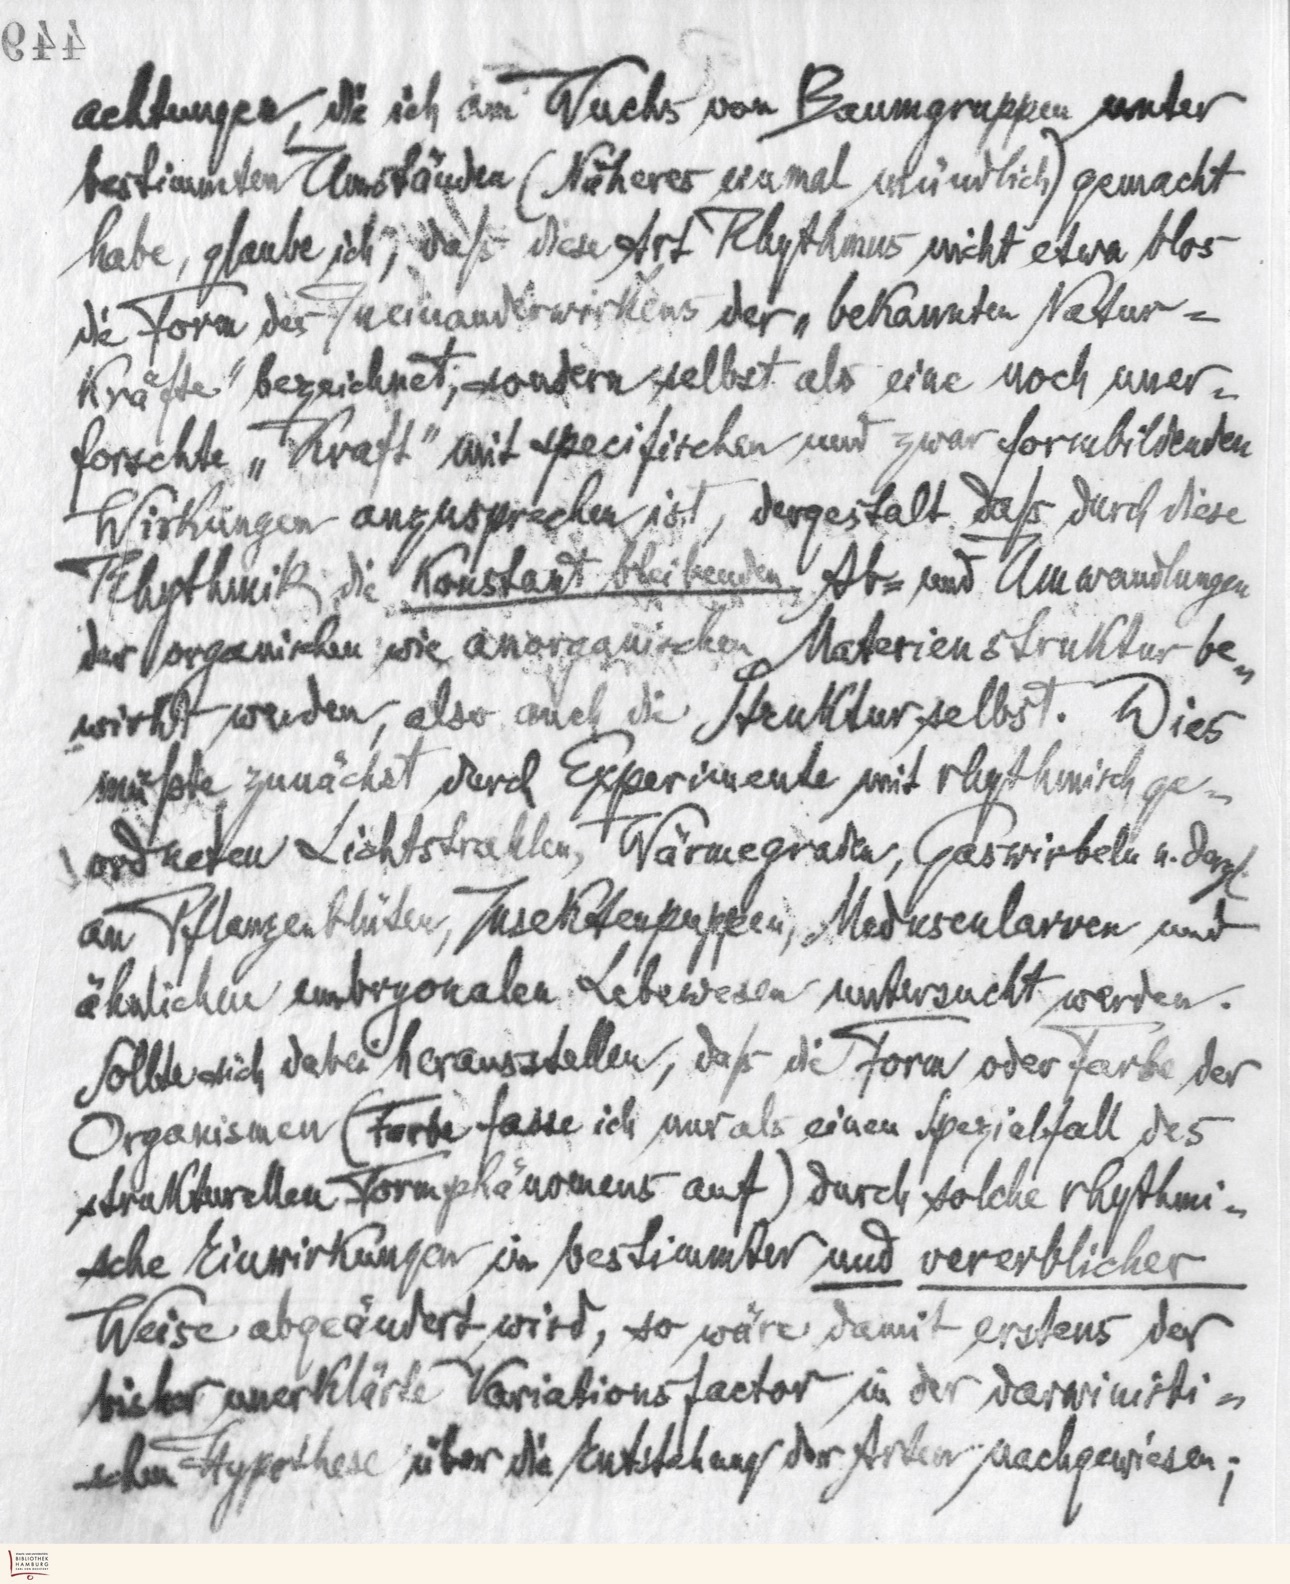
achtungen, die ich am Wuchs von Baumgruppen unter
bestimmten Umständen (Näheres einmal mündlich) gemacht
habe, glaube ich, daß diese Art Rhythmus nicht etwa blos
die Form des Ineinanderwirkens der "bekannten Natur=
Kräfte" bezeichnet, sondern selbst als eine noch uner-
forschte "Kraft" mit spezifischen und zwar formbildenden
Wirkungen anzusprechen ist, dergestalt daß durch diese
Rhythmik die konstant bleibenden Ab= und Umwandlungen
der organischen wie anorganischen Materienstruktur be-
wirkt werden, also auch die Struktur selbst. Dies
müßte zunächst durch Experimente mit rhythmisch ge-
ordneten Lichtstrahlen, Wärmegraden, Gaswirbeln u.dergl.
an Pflanzenblüten, Insektenpuppen, Medusenlarven und
ähnlichen embryonalen Lebewesen untersucht werden.
Sollte sich dabei herausstellen, daß die Form oder Farbe der
Organismen (Farbe fasse ich nur als einen Spezialfall des
strukturellen Formphänomens auf) durch solche rhythmi-
sche Einwirkungen in bestimmter und vererblicher
Weise abgeändert wird, so wäre damit erstens der
bisher unerklärte Vaiationsfactor in der darwinisti-
schen Hypothese über die Entstehung der Arten nachgewiesen;